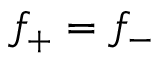
f _ { + } = f _ { - }